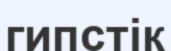
гипстік